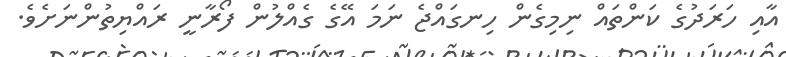
އާއި ހަރަދުގެ ކަންތައް ނިމިގެން ހިނގައްޖެ ނަމަ އޭގެ ގެއްލުން ފޯރާނީ ރައްޔިތުންނަށެވެ.